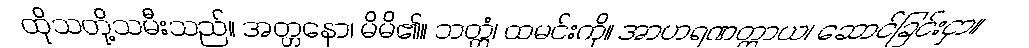
ထိုသတို့သမီးသည်။ အတ္တနော၊ မိမိ၏။ ဘတ္တံ၊ ထမင်းကို။ အာဟရဏတ္ထာယ၊ ဆောင်ခြင်းငှာ။